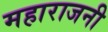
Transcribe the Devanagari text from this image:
महाराजनी